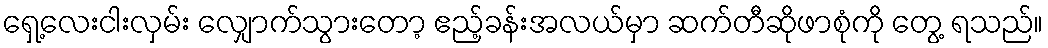
ရှေ့လေးငါးလှမ်း လျှောက်သွားတော့ ဧည့်ခန်းအလယ်မှာ ဆက်တီဆိုဖာစုံကို တွေ့ ရသည်။